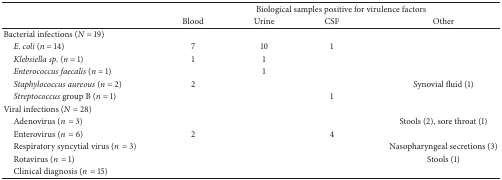
| <ROWSPAN=2>  | <COLSPAN=4> Biological samples positive for virulence factors |
 | Blood | Urine | CSF | Other |
 | --- | --- | --- | --- | --- |
 | Bacterial infections (N = 19) |  |  |  |  |
 | E. coli (n = 14) | 7 | 10 | 1 |  |
 | Klebsiella sp. (n = 1) | 1 | 1 |  |  |
 | Enterococcus faecalis (n = 1) |  | 1 |  |  |
 | Staphylococcus aureous (n = 2) | 2 |  |  | Synovial fluid (1) |
 | Streptococcus group B (n = 1) |  |  | 1 |  |
 | Viral infections (N = 28) |  |  |  |  |
 | Adenovirus (n= 3) |  |  |  | Stools (2), sore throat (1) |
 | Enterovirus (n= 6) | 2 |  | 4 |  |
 | Respiratory syncytial virus (n= 3) |  |  |  | Nasopharyngeal secretions (3) |
 | Rotavirus (n= 1) |  |  |  | Stools (1) |
 | Clinical diagnosis (n= 15) |  |  |  |  |